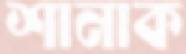
শানাক